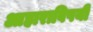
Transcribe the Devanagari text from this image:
आहाराविषयी